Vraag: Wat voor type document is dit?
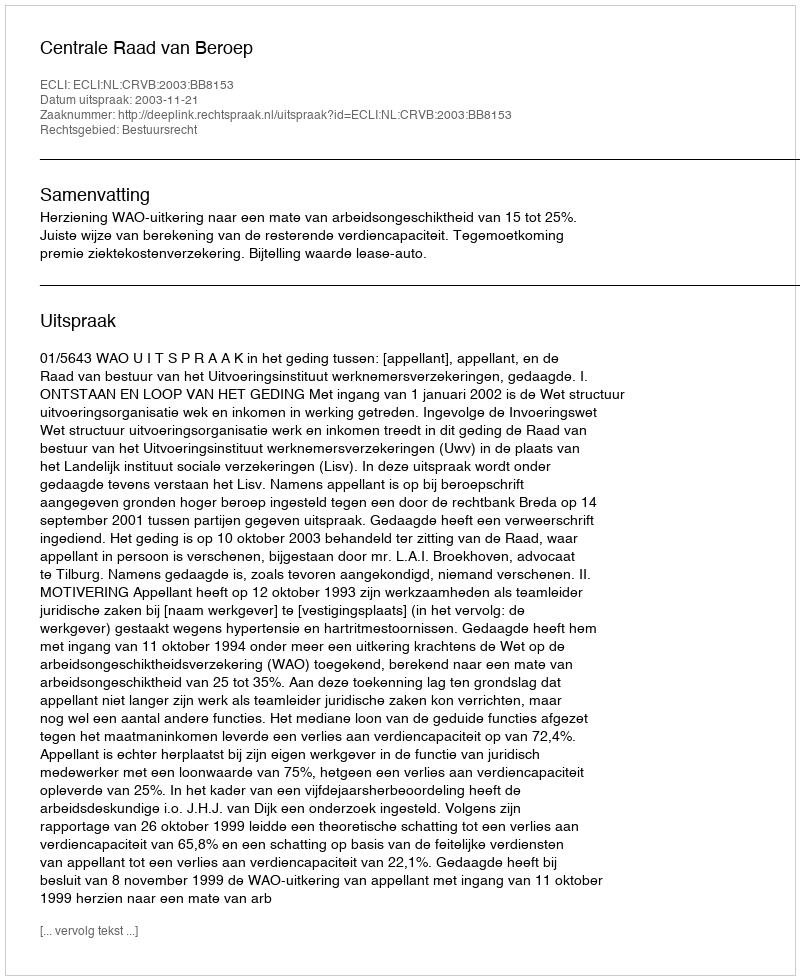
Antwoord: Uitspraak